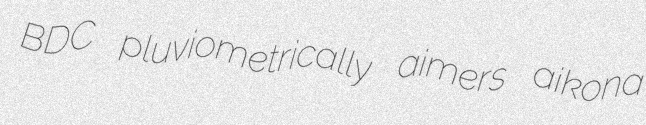
BDC pluviometrically aimers aikona